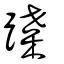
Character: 蹀